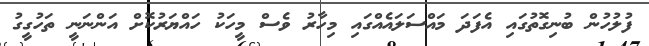
ފުލުހުން ބުނިގޮތުގައި އެފަދަ މައްސަލައެއްގައި މިހާރު ވެސް މީހަކު ހައްޔަރުކޮށް އަންނަނީ ތަހުގީގު